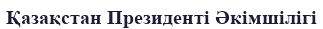
Қазақстан Президенті Әкімшілігі